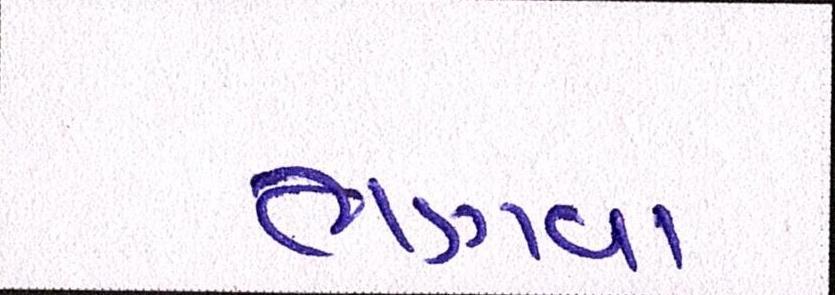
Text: ભણવા